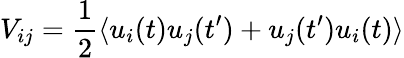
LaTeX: V_{ij}=\frac{1}{2}\langle u_{i}(t)u_{j}(t^{\prime})+u_{j}(t^{\prime})u_{i}(t)\rangle